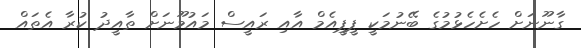
ގާނޫނަށް ހެށެހެޅުމުގެ ބޭނުމަކީ ޕީޕީއެމް އާއި ރައީސް މައުމޫނަށް ތާއީދު ކުރާ އެތައް